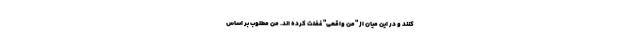
کنند و در این میان از "منِ واقعی" غفلت کرده اند. منِ مطلوب بر اساس